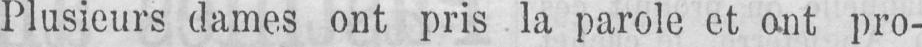
Plusieurs dames ont pris la parole et ont pro-